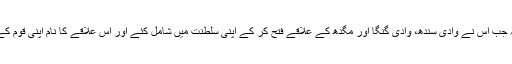
وادی ستلج بہاولپور موجودہ پاکستان سے ملنے والے کتبوں سے یہ بھی واضح ہوتا ہے کہ جب اس نے وادی سندھ، وادی گنگا اور مگدھ کے علاقے فتح کر کے اپنی سلطنت میں شامل کئے اور اس علاقے کا نام اپنی قوم کے نام پر "گرجراتر” (گجرات) رکھا، اور اس بات کا حوالہ ممبئی گزیٹر میں بھی ملتا ہے۔